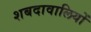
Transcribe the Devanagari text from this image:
शबदावालियों